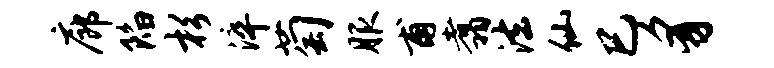
廊陷杉淬萄服甫翥法仙巳豸